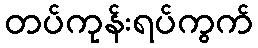
တပ်ကုန်းရပ်ကွက်